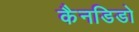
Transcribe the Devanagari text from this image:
कैनडिडो